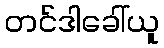
တင်ဒါခေါ်ယူ